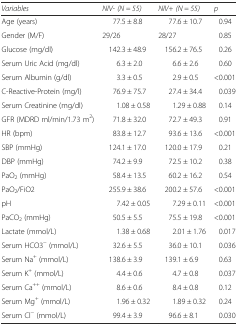
<table><thead><tr><td><b><i>Variables</i></b></td><td><b><i>NIV- (N = 55)</i></b></td><td><b><i>NIV+ (N = 55)</i></b></td><td><b><i>p</i></b></td></tr></thead><tbody><tr><td>Age (years)</td><td>77.5 ± 8.8</td><td>77.6 ± 10.7</td><td>0.94</td></tr><tr><td>Gender (M/F)</td><td>29/26</td><td>28/27</td><td>0.85</td></tr><tr><td>Glucose (mg/dl)</td><td>142.3 ± 48.9</td><td>156.2 ± 76.5</td><td>0.26</td></tr><tr><td>Serum Uric Acid (mg/dl)</td><td>6.3 ± 2.0</td><td>6.6 ± 2.6</td><td>0.60</td></tr><tr><td>Serum Albumin (g/dl)</td><td>3.3 ± 0.5</td><td>2.9 ± 0.5</td><td>&lt;0.001</td></tr><tr><td>C-Reactive-Protein (mg/l)</td><td>76.9 ± 75.7</td><td>27.4 ± 34.4</td><td>0.039</td></tr><tr><td>Serum Creatinine (mg/dl)</td><td>1.08 ± 0.58</td><td>1.29 ± 0.88</td><td>0.14</td></tr><tr><td>GFR (MDRD ml/min/1.73 m<sup>2</sup>)</td><td>71.8 ± 32.0</td><td>72.7 ± 49.3</td><td>0.91</td></tr><tr><td>HR (bpm)</td><td>83.8 ± 12.7</td><td>93.6 ± 13.6</td><td>&lt;0.001</td></tr><tr><td>SBP (mmHg)</td><td>124.1 ± 17.0</td><td>120.0 ± 17.9</td><td>0.21</td></tr><tr><td>DBP (mmHg)</td><td>74.2 ± 9.9</td><td>72.5 ± 10.2</td><td>0.38</td></tr><tr><td>PaO<sub>2</sub> (mmHg)</td><td>58.4 ± 13.5</td><td>60.2 ± 16.2</td><td>0.54</td></tr><tr><td>PaO<sub>2</sub>/FiO2</td><td>255.9 ± 38.6</td><td>200.2 ± 57.6</td><td>&lt;0.001</td></tr><tr><td>pH</td><td>7.42 ± 0.05</td><td>7.29 ± 0.11</td><td>&lt;0.001</td></tr><tr><td>PaCO<sub>2</sub> (mmHg)</td><td>50.5 ± 5.5</td><td>75.5 ± 19.8</td><td>&lt;0.001</td></tr><tr><td>Lactate (mmol/L)</td><td>1.38 ± 0.68</td><td>2.01 ± 1.76</td><td>0.017</td></tr><tr><td>Serum HCO3<sup>−</sup> (mmol/L)</td><td>32.6 ± 5.5</td><td>36.0 ± 10.1</td><td>0.036</td></tr><tr><td>Serum Na<sup>+</sup> (mmol/L)</td><td>138.6 ± 3.9</td><td>139.1 ± 6.9</td><td>0.63</td></tr><tr><td>Serum K<sup>+</sup> (mmol/L)</td><td>4.4 ± 0.6</td><td>4.7 ± 0.8</td><td>0.037</td></tr><tr><td>Serum Ca<sup>++</sup> (mmol/L)</td><td>8.6 ± 0.6</td><td>8.4 ± 0.8</td><td>0.12</td></tr><tr><td>Serum Mg<sup>+</sup> (mmol/L)</td><td>1.96 ± 0.32</td><td>1.89 ± 0.32</td><td>0.24</td></tr><tr><td>Serum Cl<sup>−</sup> (mmol/L)</td><td>99.4 ± 3.9</td><td>96.6 ± 8.1</td><td>0.030</td></tr></tbody></table>